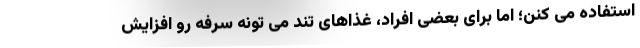
استفاده می کنن؛ اما برای بعضی افراد، غذاهای تند می تونه سرفه رو افزایش